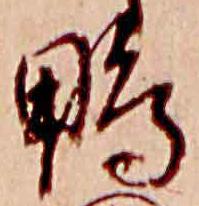
鴨